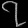
Digit: ၇